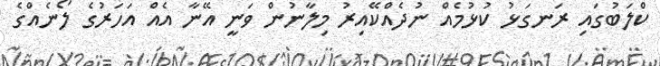
ކްލަބުގައި ރަނގަޅު ކުޅުމެއް ނުދެއްކޭއިރު މިލާނުން ވަނީ އޭނާ އެއް އަހަރުގެ ލޯނެއްގެ